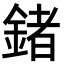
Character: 鍺